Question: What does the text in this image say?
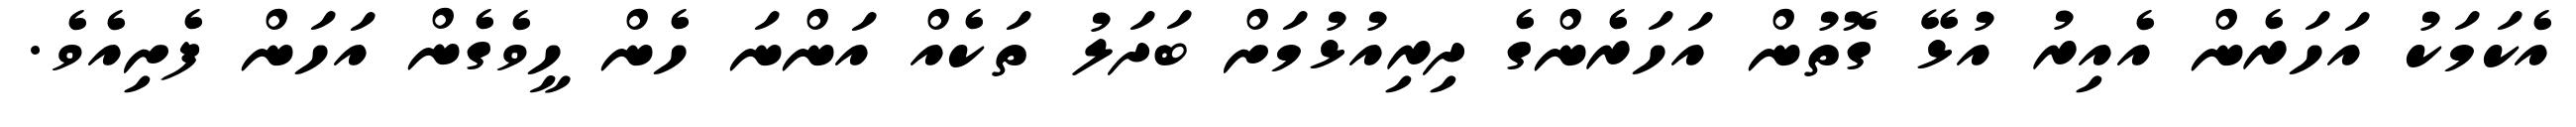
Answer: އެކަމަކު އަހަރެން އެއިރު އުޅޭ ގޮތުން އަހަރެންގެ ދިރިއުޅުމަށް ބަދަލު ތަކެއް އަންނަ ހެން ހީވެގެން އަހަން ފެށިއެވެ.